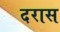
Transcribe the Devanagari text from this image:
दरास